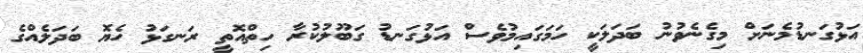
އަޅުގަނޑުމެނަށް މިގެނެވުނު ބަދަލަކީ ހަމަގައިމުވެސް އަޅުގަނޑު ގަބޫލުކުރާ ހިތްއޮތީ ރަނގަޅު ހެޔޮ ބަދަލެއްގެ